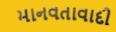
માનવતાવાદી